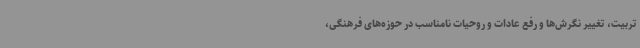
تربیت، تغییر نگرش‌ها و رفع عادات و روحیات نامناسب در حوزه‌های فرهنگی،